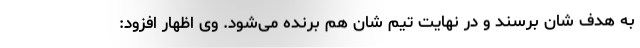
به هدف شان برسند و در نهایت تیم شان هم برنده می‌شود. وی اظهار افزود: